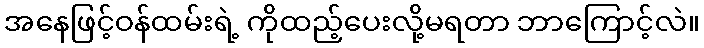
အနေဖြင့်ဝန်ထမ်းရဲ့ ကိုထည့်ပေးလို့မရတာ ဘာကြောင့်လဲ။